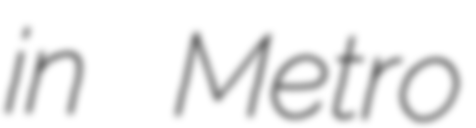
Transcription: in Metro